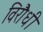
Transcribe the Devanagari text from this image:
विरौधी